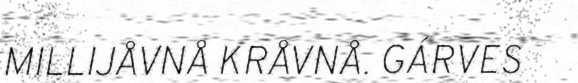
MILLIJÅVNÅ KRÅVNÅ. GÁRVES